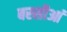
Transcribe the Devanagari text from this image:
बस्सीआं